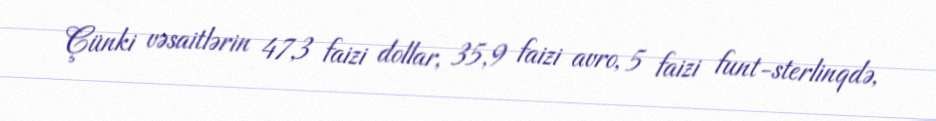
Çünki vəsaitlərin 47,3 faizi dollar, 35,9 faizi avro, 5 faizi funt-sterlinqdə,